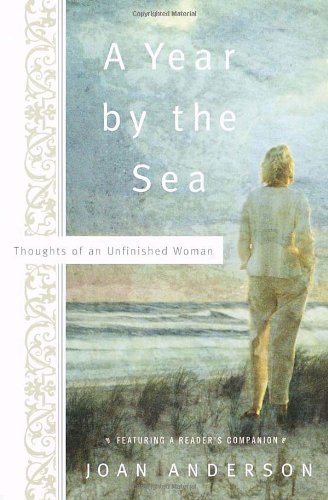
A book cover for A Year by the Sea; Joan Anderson; Business & Money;